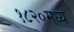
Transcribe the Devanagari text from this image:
१८२०मध्ये